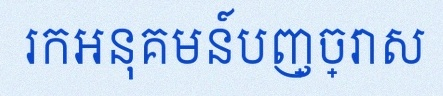
រកអនុគមន៍បញ្ច្រាស